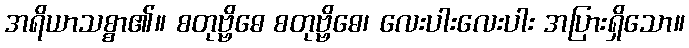
အရိယာသစ္စာ၏။ စတုဗ္ဗိဓေ စတုဗ္ဗိဓေ၊ လေးပါးလေးပါး အပြားရှိသော။